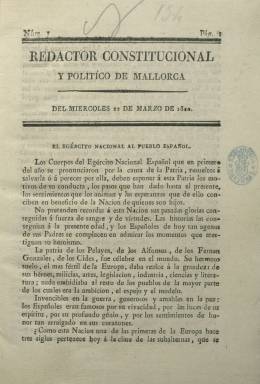
Título: Redactor constitucional y político de Mallorca
Colección: Periódicos anteriores a 1850
Ámbito geográfico: Baleares
Lugar de publicación: Palma de Mallorca
Fechas: 22/03/1820-28/01/1821

Periódico que comienza a publicarse el 22 de marzo de 1820, a las dos semanas de que Fernando VII jurara la Constitución de 1812, por parte del editor e impresor Felipe Guasp, quien, además, seguirá sacando a la calle su Diario balear (1814-1836), y aunque queda enmarcado en el liberalismo moderado, tras el Trienio Liberal (1820-1823) su colección fue buscada por orden gubernativa por las “turbas realistas” en los domicilios de los liberales y “entregado a las llamas” (Bovér: 1862), como otros tantos periódicos antiabsolutitas del periodo, como fue el caso de Correo constitucional de Mallorca, que apareció el uno de abril y llegó, con modificaciones en su cabecera, hasta junio de 1822. Aun así, Guasp sería acusado de haber sido sumiso al absolutismo hasta el mismo día de la proclamación de la Constitución doceañista por el monarca, tal como se puede apreciar en su Diario balear, que también forma parte de la colección de la Biblioteca Nacional de España (BNE).

Sin embargo, en una ciudad con una fuerte oposición absolutista no se pueden despreciar las francas manifestaciones de liberalismo en los periódicos que dirigió Guasp mientras la libertad de imprenta se lo permitía. Publicará este nuevo periódico bajo el título Redactor constitucional y político de Mallorca para dar cabida a las proclamas de los líderes de la revolución liberal, empezando por la titulada El ejército nacional al pueblo español o la carta dirigida al obispo de Cádiz y su diócesis, ambas del general Antonio Quiroga, o el Manifiesto del Rey a la nación. También reproducirá textos de la Constitución y otros discursos y proclamas de los nuevos jefes políticos en las provincias, así como artículos de periódicos españoles, incluso franceses e ingleses, y alguno remitido, como el que publica bajo el epígrafe Carta de un literato español residente en París. Ofrece también crónicas de las Cortes e inserta alguna información local.

Su periodicidad fue irregular, aunque a veces fue diaria, y en su primera serie su formato es en 4º, compuestos a una columna sus 30 números de ocho páginas, hasta el 30 de junio. A partir del dos de julio, aumenta el formato a folio e inicia nueva serie, compone su tipografía a dos columnas y reduce sus números a cuatro páginas, aunque alguno va acompañado de algún suplemento. En su primer año, bajo su cabecera imprimirá el lema Año 9º de la Constitución y 1º de la Restauración.

La colección de este título en la BNE no está completa, y acaba en el número 30, de 28 de enero de 1821. Su secuencia es confusa en algunas de sus entregas en el verano de 1820 (Gil Novales: 1975). Además de las referencias citadas, destaca el artículo sobre este título de Roselló Pòrcel publicado en El Día, el nueve de agosto de 1931.